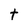
Character: t